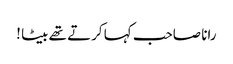
رانا صاحب کہا کرتے تھے بیٹا !